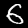
Label: 6